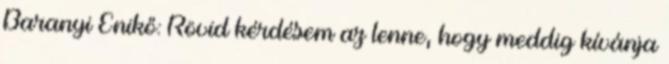
Baranyi Enikő: Rövid kérdésem az lenne, hogy meddig kívánja